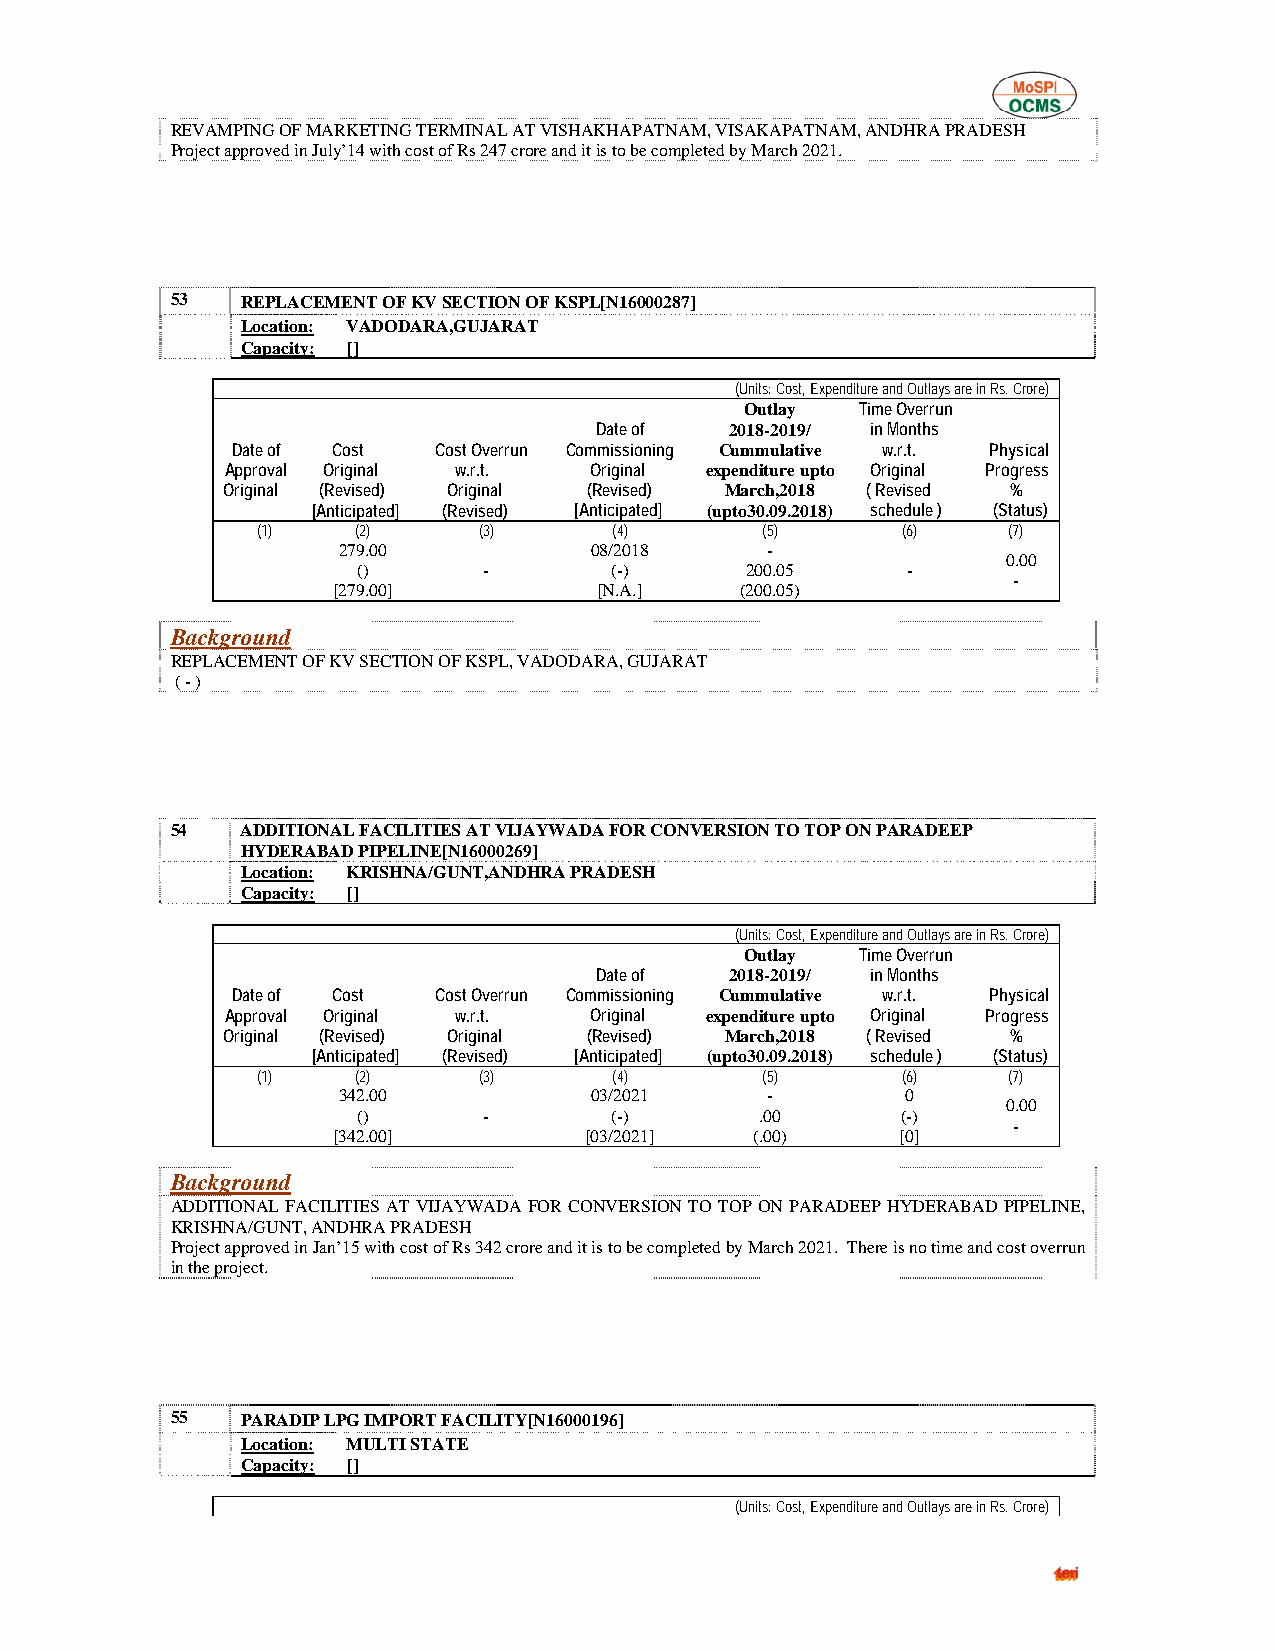
REVAMPING OF MARKETING TERMINAL AT VISHAKHAPATNAM, VISAKAPATNAM, ANDHRA PRADESH
 Project approved in July’14 with cost of Rs 247 crore and it is to be completed by March 2021.
 53   REPLACEMENT OF KV SECTION OF KSPL[N16000287]
 Location: VADODARA,GUJARAT
 Capacity: []
 (Units: Cost, Expenditure and Outlays are in Rs. Crore)
 Outlay  Time Overrun
 Date of  2018-2019/ in Months
 Date of Cost  Cost Overrun Commissioning Cummulative w.r.t. Physical
 Approval Original w.r.t. Original expenditure upto Original Progress
 Original (Revised) Original (Revised) March,2018 ( Revised %
 [Anticipated] (Revised) [Anticipated] (upto30.09.2018) schedule ) (Status)
 (1)    (2)     (3)      (4)      (5)       (6)    (7)
 279.00           08/2018     -
 0.00
 ()      -       (-)      200.05     -
 -
 [279.00]          [N.A.]   (200.05)
 Background
 REPLACEMENT OF KV SECTION OF KSPL, VADODARA, GUJARAT
 ( - )
 54   ADDITIONAL FACILITIES AT VIJAYWADA FOR CONVERSION TO TOP ON PARADEEP
 HYDERABAD PIPELINE[N16000269]
 Location: KRISHNA/GUNT,ANDHRA PRADESH
 Capacity: []
 (Units: Cost, Expenditure and Outlays are in Rs. Crore)
 Outlay  Time Overrun
 Date of  2018-2019/ in Months
 Date of Cost  Cost Overrun Commissioning Cummulative w.r.t. Physical
 Approval Original w.r.t. Original expenditure upto Original Progress
 Original (Revised) Original (Revised) March,2018 ( Revised %
 [Anticipated] (Revised) [Anticipated] (upto30.09.2018) schedule ) (Status)
 (1)    (2)     (3)      (4)      (5)       (6)    (7)
 342.00           03/2021     -        0
 0.00
 ()      -       (-)       .00       (-)
 -
 [342.00]         [03/2021]  (.00)     [0]
 Background
 ADDITIONAL FACILITIES AT VIJAYWADA FOR CONVERSION TO TOP ON PARADEEP HYDERABAD PIPELINE,
 KRISHNA/GUNT, ANDHRA PRADESH
 Project approved in Jan’15 with cost of Rs 342 crore and it is to be completed by March 2021. There is no time and cost overrun
 in the project.
 55   PARADIP LPG IMPORT FACILITY[N16000196]
 Location: MULTI STATE
 Capacity: []
 (Units: Cost, Expenditure and Outlays are in Rs. Crore)